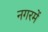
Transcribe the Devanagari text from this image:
नगरमें